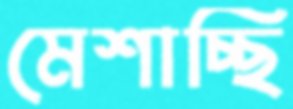
মেশাচ্ছি